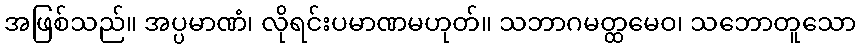
အဖြစ်သည်။ အပ္ပမာဏံ၊ လိုရင်းပမာဏမဟုတ်။ သဘာဂမတ္ထမေဝ၊ သဘောတူသော